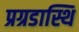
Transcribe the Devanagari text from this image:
प्रग्रडास्थि